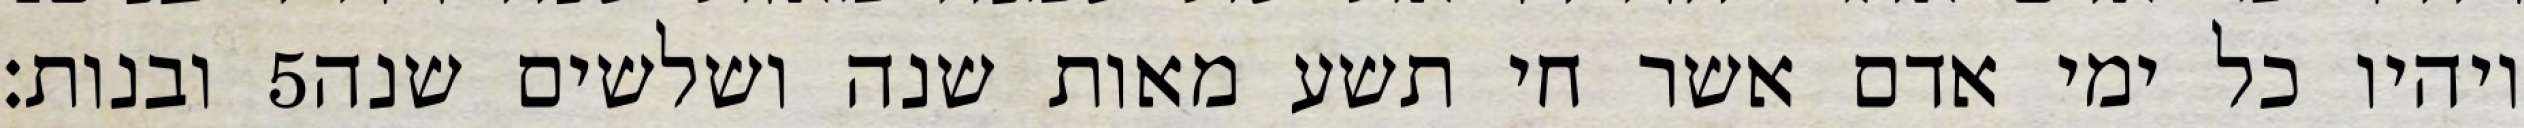
ובנות׃ ‎5‏ ויהיו כל ימי אדם אשר חי תשע מאות שנה ושלשים שנה